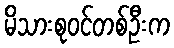
မိသားစုဝင်တစ်ဦးက